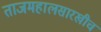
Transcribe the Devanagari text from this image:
ताजमहालसारखीच